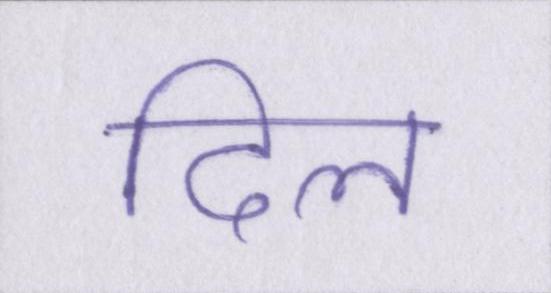
दिल